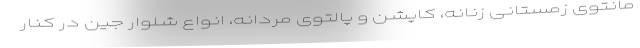
مانتوی زمستانی زنانه، کاپشن و پالتوی مردانه، انواع شلوار جین در کنار